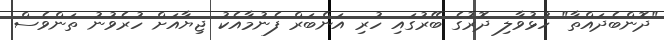
"ދޮންބެދައްތާ" ހުޅުވާލި ދޮރުގެ ބޭރުގައި ހުރި އަންބަރް ފެނުމާއެކު ޖިޔާއަށް ހުރެވުނު ތަންވެސް